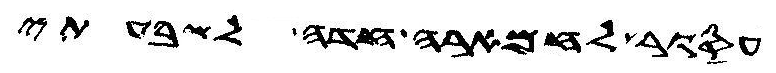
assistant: עסור לחמארה חדה לשבעתי